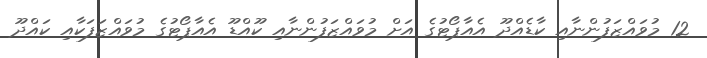
12 މުވައްޒަފުންނާއި ކާޑެއްދޫ އެއާޕޯޓުގެ އަށް މުވައްޒަފުންނާއި ކޫއްޑޫ އެއާޕޯޓުގެ މުވައްޒަފަކާއި ކައްދޫ